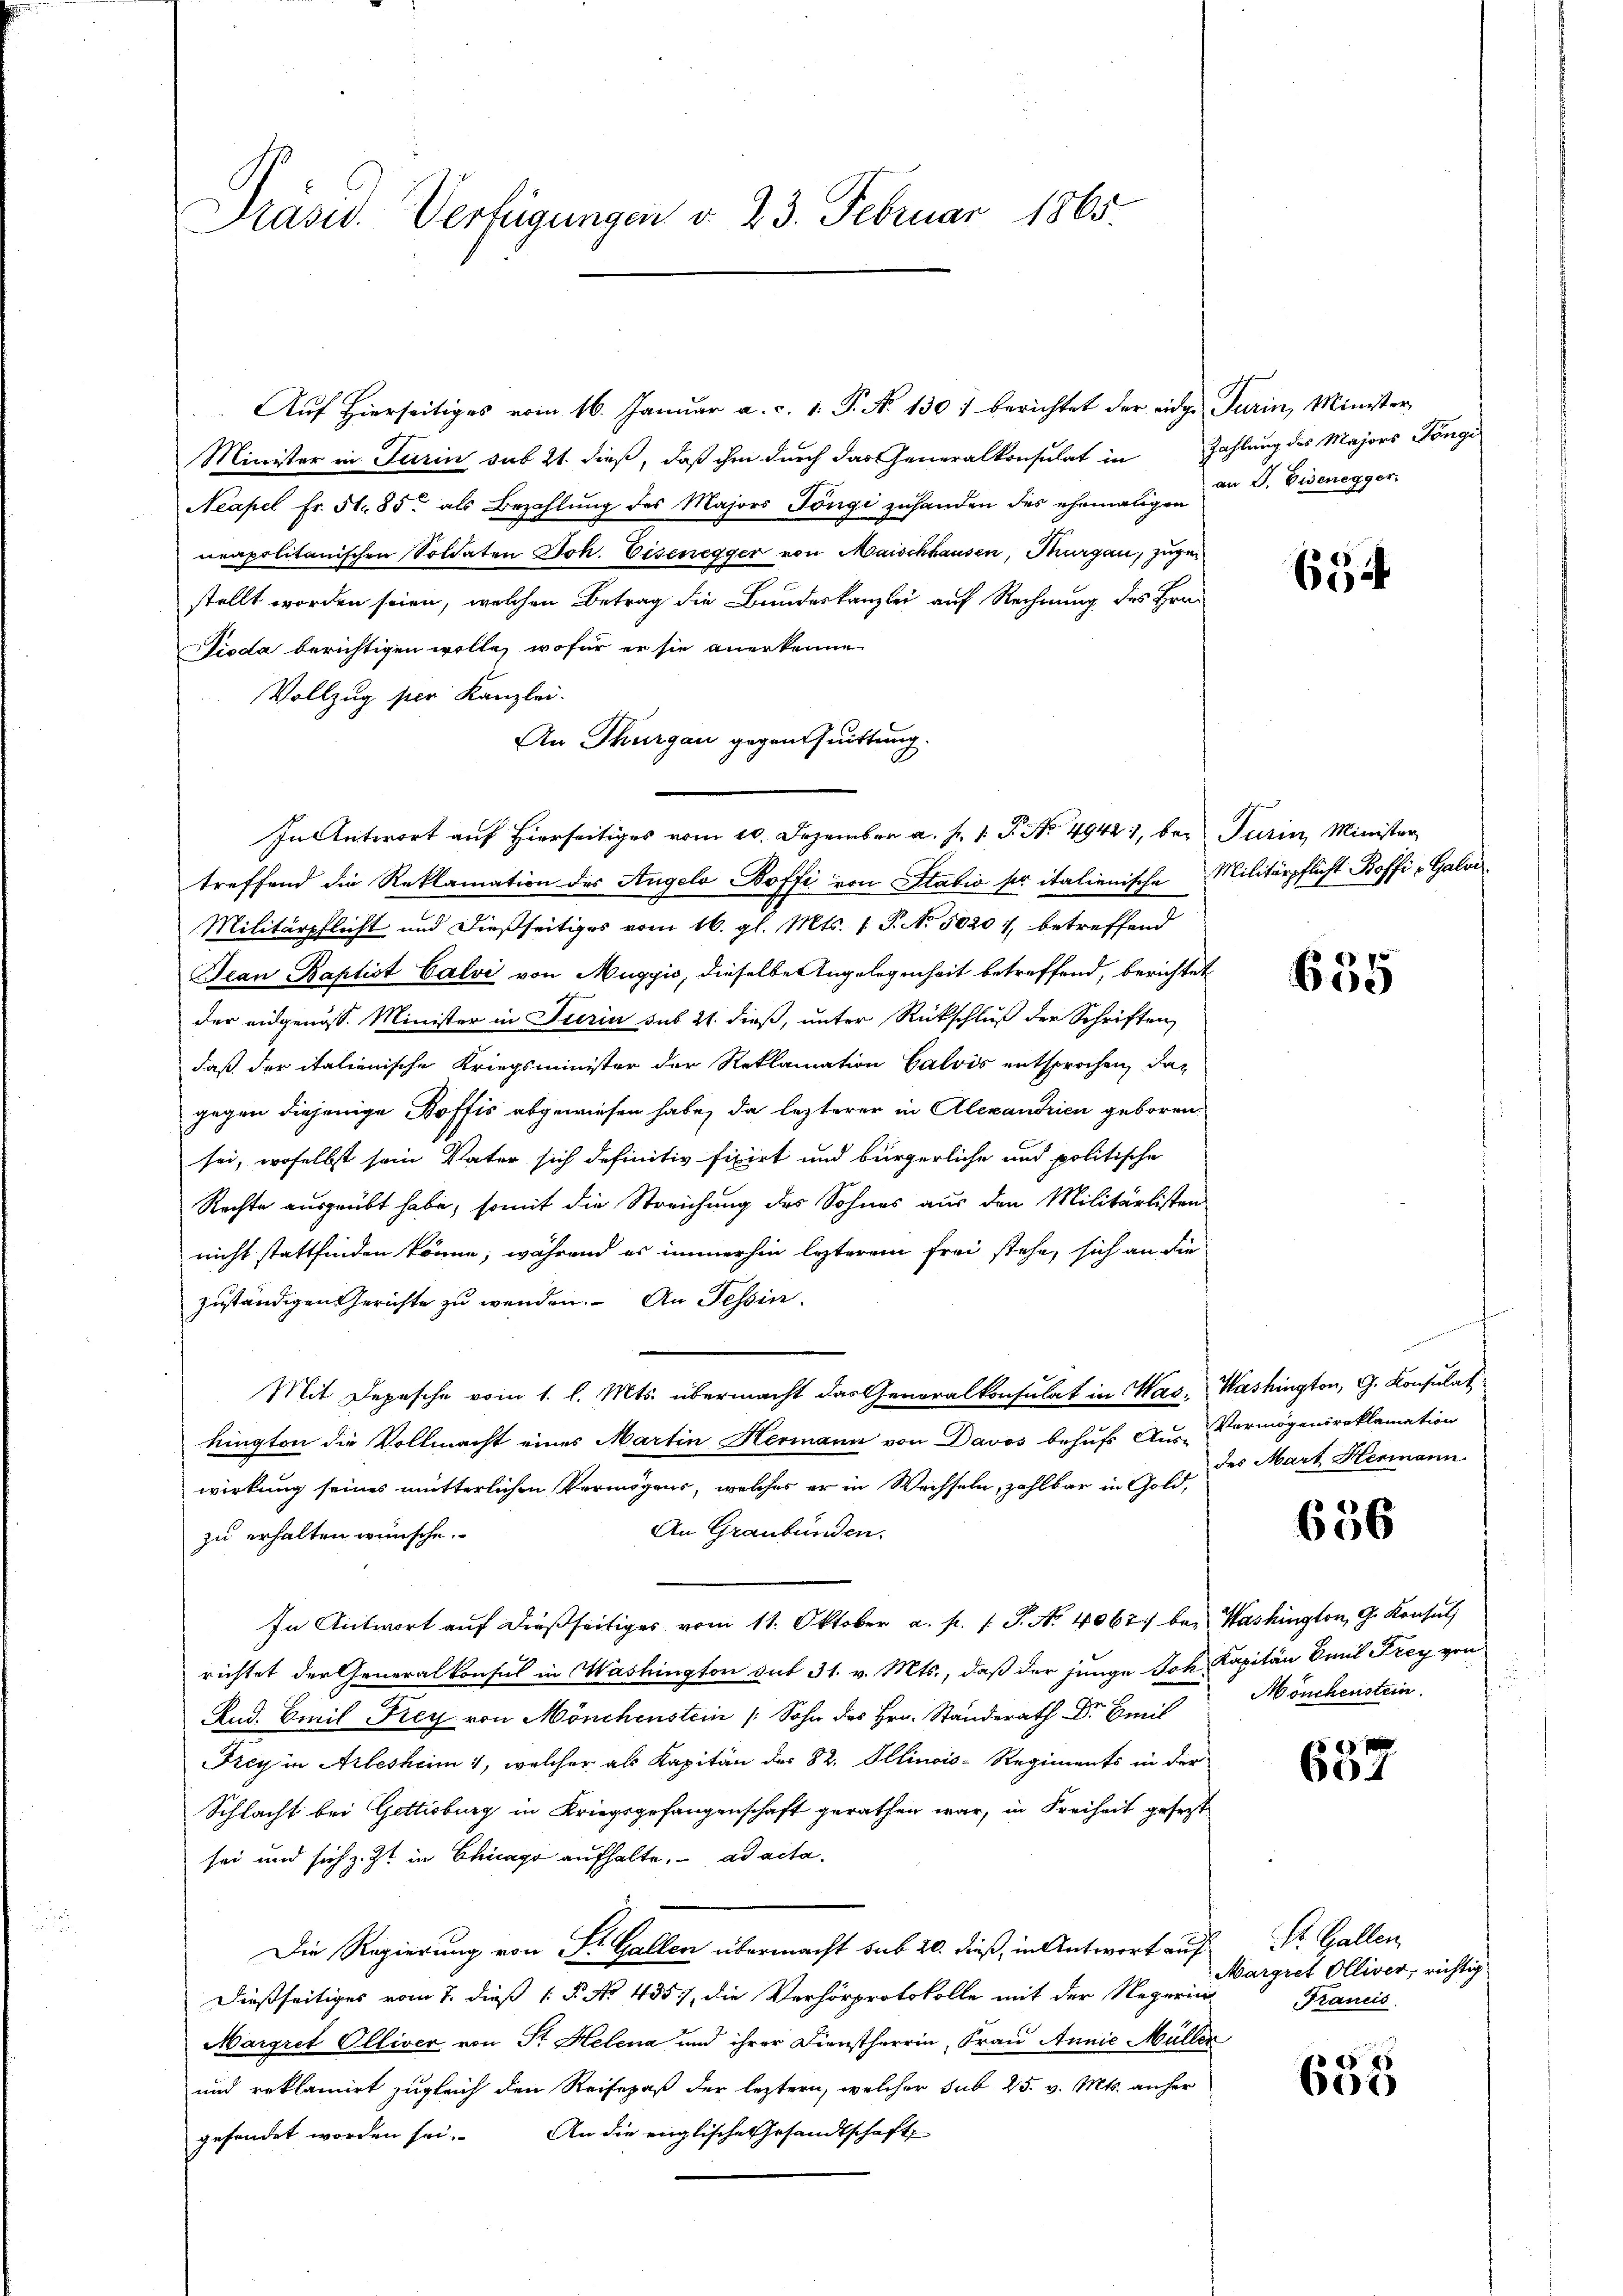
Pasw. Verfügungen v. 23. Februar 1865.

Auf Hierseitiges vom 16. Januar a. c. 1. P. N. 130) berichtet der eidge Turin, Minister
Minister in Turin sub 21. dieß, daß ihm durch das Generalkonsulat in Zahlung des Majors Tongi
Neapel Fr. 51. 85 als Bezahlŭng des Majors Pöngi zŭhanden des ehemaligen da d. Eisenegger
neapolitanischen Soldaten Joh. Eisenegger von Maischhausen, Thurgau, zuge
stellt worden seien, welchen Betrag die Bundeskanzlei auf Rechnung des Hrn.
Tioda berichtigen wolle, wofür er sie anerkenne
Vollzug per Kanzlei.
An Thurgau gegenthuittung.
In Antwort auf Hierseitiges vom 10. Dezember a. f. 1 P. No. 4942), bei Turin, Minister
treffend die Reklamation des Angelo Boffi von Stabio ser italienische Militärpflicht Boffi Galos.
Militärpflicht und dießseitiges vom 16. gl. Mts. 1. P. No 50201, betreffend
Jean Baptist Calvi von Muggio, dieselbe Angelegenheit betreffend, berichtet
der eidgenöss. Minister in Tierin sub 21. dieß, unter Rückschluß der Schriften,
daß der italienische Kriegsminister der Reklamation Calvis entsprochen, das
gegen diejenige offis abgewiesen habe, da lezterer in Alexandrien geboren.
sei, woselbst sein Vater sich definitiv fixirt und bürgerliche und politische
Rechte ausgeübt habe, somit die Streichung des Sohnes aus den Militärlisten
nicht stattfinden könne; während es immerhin lezterem frei stehe, sich an die
zuständigen erichte zu wenden. An Tessin
Mit Depesche vom 1. l. Mts. übermacht das Generalkonsulat in Was. Washington, G. Konsulat
kingten die Vollmacht eines Martin Hermann von Davos behufs Aus-
wirkung seines mutterlichen Vermögens, welches er in Wechseln, zahlbar in Gold,
An Graubünden.
zu erhalten wünsche.
In Antwort aŭf dießseitiges vom 11. Oktober a. p. 1. P. N. 4067 bei Washington, G. Konsul
richtet der Generalkonsul in Washington sub 31. v. Mts., daß der junge Joh. Kapitän Emil Frey von
Rud. Emil Frey von Mönchenstein / Sohn des Hrn. Standerath Dr Emil
Frey in Arlesheim 1, welcher als Kapitän der 82. Illinois-Regiments in der
Schlacht bei Gettisburg in Kriegsgefangenschaft gerathen war, in Freiheit gesezt
sei und sich z. Zt. in Chicago aufhalte. ad acta.
Die Regierung von St. Gallen übermacht sub 20. dieß, in Antwort auf
Dießseitiges vom 7. dieß P. No 4357, die Verhörprotokolle mit der Reperin
Margret Elliver von Sr. Helena und ihrer Dienstherrin, Frau Annie Müller
und reklamirt zugleich den Reisepaß der leztern, welcher sub 25. v. Mts. anher
An die englische Gesandtschaft,
gesendet worden sei.

634

655

Vermögensreklamation
des Mart Hermann.

656

Mönchenstein.

0 f 20 x
604

St. Gallen,
Margret Olliver, richtig
Francis

653